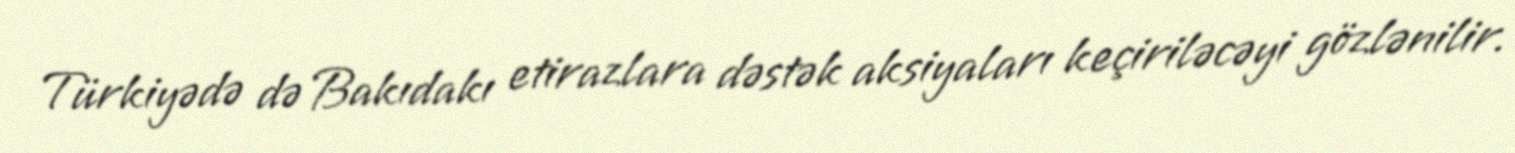
Türkiyədə də Bakıdakı etirazlara dəstək aksiyaları keçiriləcəyi gözlənilir.